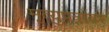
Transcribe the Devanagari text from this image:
मृत्युपत्रावर